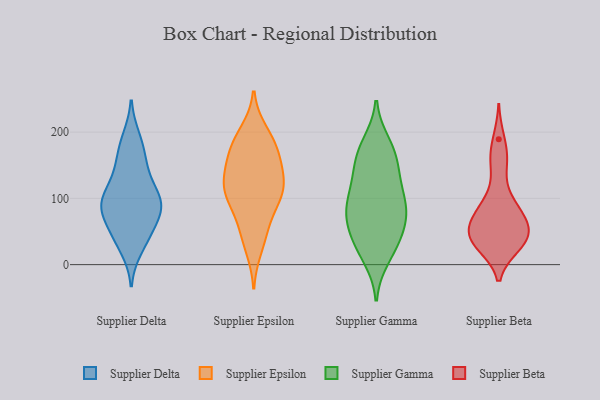
{"axis": {"x": "Market Share (%)", "y": "Value"}, "legend": ["Supplier Beta", "Supplier Delta", "Supplier Epsilon", "Supplier Gamma"], "data": [{"x": "", "y": 95, "type": "Supplier Delta"}, {"x": "", "y": 47, "type": "Supplier Delta"}, {"x": "", "y": 34, "type": "Supplier Delta"}, {"x": "", "y": 90, "type": "Supplier Delta"}, {"x": "", "y": 98, "type": "Supplier Delta"}, {"x": "", "y": 184, "type": "Supplier Delta"}, {"x": "", "y": 191, "type": "Supplier Delta"}, {"x": "", "y": 64, "type": "Supplier Delta"}, {"x": "", "y": 82, "type": "Supplier Delta"}, {"x": "", "y": 129, "type": "Supplier Delta"}, {"x": "", "y": 90, "type": "Supplier Delta"}, {"x": "", "y": 134, "type": "Supplier Delta"}, {"x": "", "y": 48, "type": "Supplier Delta"}, {"x": "", "y": 98, "type": "Supplier Delta"}, {"x": "", "y": 79, "type": "Supplier Delta"}, {"x": "", "y": 24, "type": "Supplier Delta"}, {"x": "", "y": 154, "type": "Supplier Delta"}, {"x": "", "y": 162, "type": "Supplier Delta"}, {"x": "", "y": 101, "type": "Supplier Delta"}, {"x": "", "y": 117, "type": "Supplier Epsilon"}, {"x": "", "y": 146, "type": "Supplier Epsilon"}, {"x": "", "y": 121, "type": "Supplier Epsilon"}, {"x": "", "y": 165, "type": "Supplier Epsilon"}, {"x": "", "y": 105, "type": "Supplier Epsilon"}, {"x": "", "y": 90, "type": "Supplier Epsilon"}, {"x": "", "y": 119, "type": "Supplier Epsilon"}, {"x": "", "y": 185, "type": "Supplier Epsilon"}, {"x": "", "y": 168, "type": "Supplier Epsilon"}, {"x": "", "y": 151, "type": "Supplier Epsilon"}, {"x": "", "y": 200, "type": "Supplier Epsilon"}, {"x": "", "y": 96, "type": "Supplier Epsilon"}, {"x": "", "y": 48, "type": "Supplier Epsilon"}, {"x": "", "y": 55, "type": "Supplier Epsilon"}, {"x": "", "y": 25, "type": "Supplier Epsilon"}, {"x": "", "y": 189, "type": "Supplier Epsilon"}, {"x": "", "y": 116, "type": "Supplier Epsilon"}, {"x": "", "y": 116, "type": "Supplier Gamma"}, {"x": "", "y": 21, "type": "Supplier Gamma"}, {"x": "", "y": 183, "type": "Supplier Gamma"}, {"x": "", "y": 80, "type": "Supplier Gamma"}, {"x": "", "y": 33, "type": "Supplier Gamma"}, {"x": "", "y": 136, "type": "Supplier Gamma"}, {"x": "", "y": 85, "type": "Supplier Gamma"}, {"x": "", "y": 167, "type": "Supplier Gamma"}, {"x": "", "y": 131, "type": "Supplier Gamma"}, {"x": "", "y": 96, "type": "Supplier Gamma"}, {"x": "", "y": 92, "type": "Supplier Gamma"}, {"x": "", "y": 10, "type": "Supplier Gamma"}, {"x": "", "y": 41, "type": "Supplier Gamma"}, {"x": "", "y": 52, "type": "Supplier Gamma"}, {"x": "", "y": 76, "type": "Supplier Gamma"}, {"x": "", "y": 174, "type": "Supplier Gamma"}, {"x": "", "y": 157, "type": "Supplier Gamma"}, {"x": "", "y": 66, "type": "Supplier Gamma"}, {"x": "", "y": 56, "type": "Supplier Beta"}, {"x": "", "y": 69, "type": "Supplier Beta"}, {"x": "", "y": 29, "type": "Supplier Beta"}, {"x": "", "y": 29, "type": "Supplier Beta"}, {"x": "", "y": 80, "type": "Supplier Beta"}, {"x": "", "y": 158, "type": "Supplier Beta"}, {"x": "", "y": 58, "type": "Supplier Beta"}, {"x": "", "y": 36, "type": "Supplier Beta"}, {"x": "", "y": 90, "type": "Supplier Beta"}, {"x": "", "y": 155, "type": "Supplier Beta"}, {"x": "", "y": 39, "type": "Supplier Beta"}, {"x": "", "y": 44, "type": "Supplier Beta"}, {"x": "", "y": 35, "type": "Supplier Beta"}, {"x": "", "y": 189, "type": "Supplier Beta"}, {"x": "", "y": 67, "type": "Supplier Beta"}, {"x": "", "y": 103, "type": "Supplier Beta"}]}